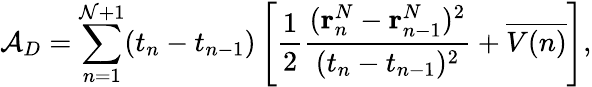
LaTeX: \mathcal{A}_{D}=\sum_{n=1}^{\mathcal{N}+1}(t_{n}-t_{n-1})\left[\frac{1}{2}\frac{(\textbf{r}_{n}^{N}-\textbf{r}_{n-1}^{N})^{2}}{(t_{n}-t_{n-1})^{2}}+\overline{{V(n)}}\right],